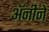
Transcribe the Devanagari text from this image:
अॅनीने